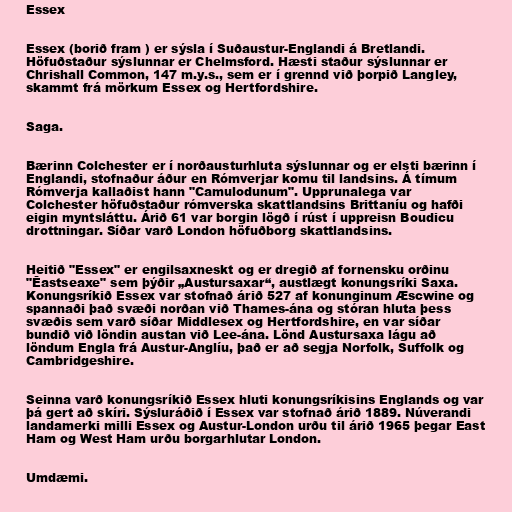
Essex

Essex (borið fram ) er sýsla í Suðaustur-Englandi á Bretlandi.
Höfuðstaður sýslunnar er Chelmsford. Hæsti staður sýslunnar er
Chrishall Common, 147 m.y.s., sem er í grennd við þorpið Langley,
skammt frá mörkum Essex og Hertfordshire.

Saga.

Bærinn Colchester er í norðausturhluta sýslunnar og er elsti bærinn í
Englandi, stofnaður áður en Rómverjar komu til landsins. Á tímum
Rómverja kallaðist hann "Camulodunum". Upprunalega var
Colchester höfuðstaður rómverska skattlandsins Brittaníu og hafði
eigin myntsláttu. Árið 61 var borgin lögð í rúst í uppreisn Boudicu
drottningar. Síðar varð London höfuðborg skattlandsins.

Heitið "Essex" er engilsaxneskt og er dregið af fornensku orðinu
"Ēastseaxe" sem þýðir „Austursaxar“, austlægt konungsríki Saxa.
Konungsríkið Essex var stofnað árið 527 af konunginum Æscwine og
spannaði það svæði norðan við Thames-ána og stóran hluta þess
svæðis sem varð síðar Middlesex og Hertfordshire, en var síðar
bundið við löndin austan við Lee-ána. Lönd Austursaxa lágu að
löndum Engla frá Austur-Anglíu, það er að segja Norfolk, Suffolk og
Cambridgeshire.

Seinna varð konungsríkið Essex hluti konungsríkisins Englands og var
þá gert að skíri. Sýsluráðið í Essex var stofnað árið 1889. Núverandi
landamerki milli Essex og Austur-London urðu til árið 1965 þegar East
Ham og West Ham urðu borgarhlutar London.

Umdæmi.